Annual report of the Punjab Veterinary College and of the Civil Veterinary Department, Punjab - 1926-1932
Year: 1926
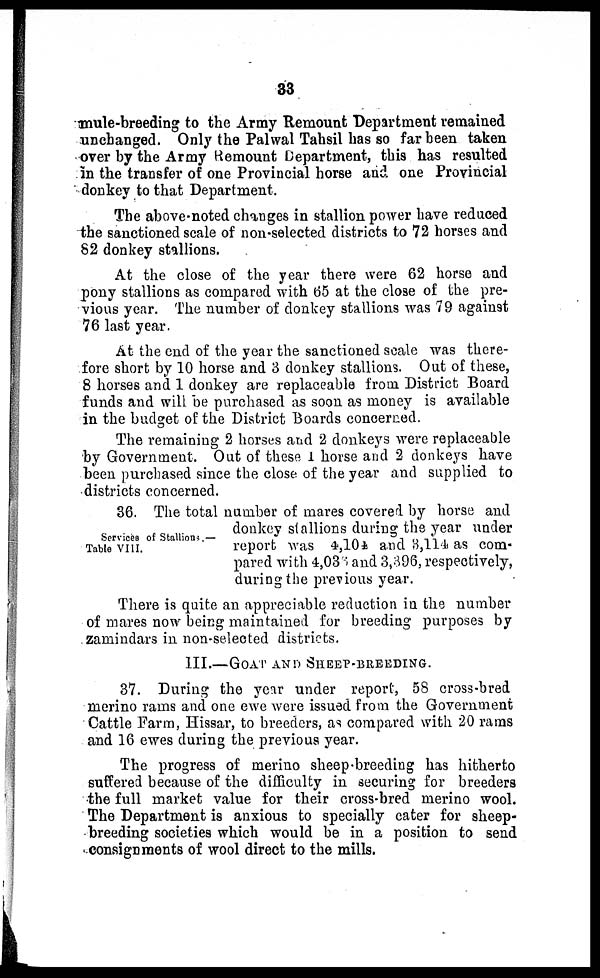
33
mule-breeding to the Army Remount Department remained
unchanged. Only the Palwal Tahsil has so far been taken
over by the Army Remount Department, this has resulted
in the transfer of one Provincial horse and one Provincial
donkey to that Department.
The above-noted changes in stallion power have reduced
the sanctioned scale of non-selected districts to 72 horses and
82 donkey stallions.
At the close of the year there were 62 horse and
pony stallions as compared with 65 at the close of the pre-
vious year. The number of donkey stallions was 79 against
76 last year.
At the end of the year the sanctioned scale was there-
fore short by 10 horse and 3 donkey stallions. Out of these,
8 horses and 1 donkey are replaceable from District Board
funds and will be purchased as soon as money is available
in the budget of the District Boards concerned.
The remaining 2 horses and 2 donkeys were replaceable
by Government. Out of these I horse and 2 donkeys have
been purchased since the close of the year and supplied to
districts concerned.
Services of Stallions.—
Table VIII.
36. The total number of mares covered by horse and
donkey stallions during the year under
report was 4,104 and 3,114 as com-
pared with 4,036 and 3,396, respectively,
during the previous year.
There is quite an appreciable reduction in the number
of mares now being maintained for breeding purposes by
zamindars in non-selected districts.
III.—GOAT AND SHEEP-BREEDING.
37. During the year under report, 58 cross-bred
merino rams and one ewe were issued from the Government
Cattle Farm, Hissar, to breeders, as compared with 20 rams
and 16 ewes during the previous year.
The progress of merino sheep-breeding has hitherto
suffered because of the difficulty in securing for breeders
the full market value for their cross-bred merino wool.
The Department is anxious to specially cater for sheep-
breeding societies which would be in a position to send
consignments of wool direct to the mills.